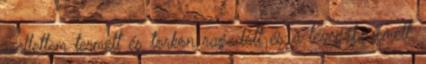
mellettem termett és torkon ragadott és a levegőbe emelt.